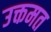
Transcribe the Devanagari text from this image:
उक्तमत